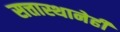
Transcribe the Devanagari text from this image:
सत्तास्थानेही